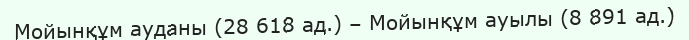
Мойынқұм ауданы (28 618 ад.) – Мойынқұм ауылы (8 891 ад.)